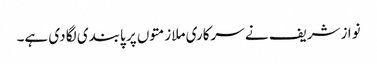
نوازشریف نے سرکاری ملازمتوں پر پابندی لگا دی ہے۔